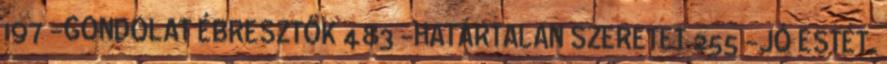
197 -GONDOLAT ÉBRESZTŐK 483 -HATÁRTALAN SZERETET 255 -JÓ ESTÉT,